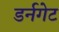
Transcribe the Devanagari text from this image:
डर्नगेट